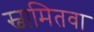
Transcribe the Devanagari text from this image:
स्वामितवा